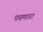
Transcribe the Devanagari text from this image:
पचणारा